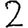
Digit: 2